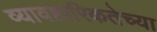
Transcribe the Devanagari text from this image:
व्यावहारिकतेच्या